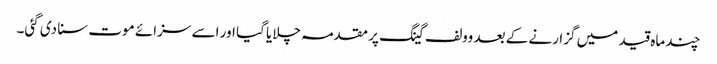
چند ماہ قید میں گزارنے کے بعد وولف گینگ پر مقدمہ چلایا گیا اور اسے سزائے موت سنا دی گئی۔